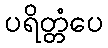
ပရိတ္တံပေ